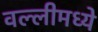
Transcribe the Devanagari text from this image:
वल्लीमध्ये